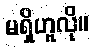
မရှိဟူလို။